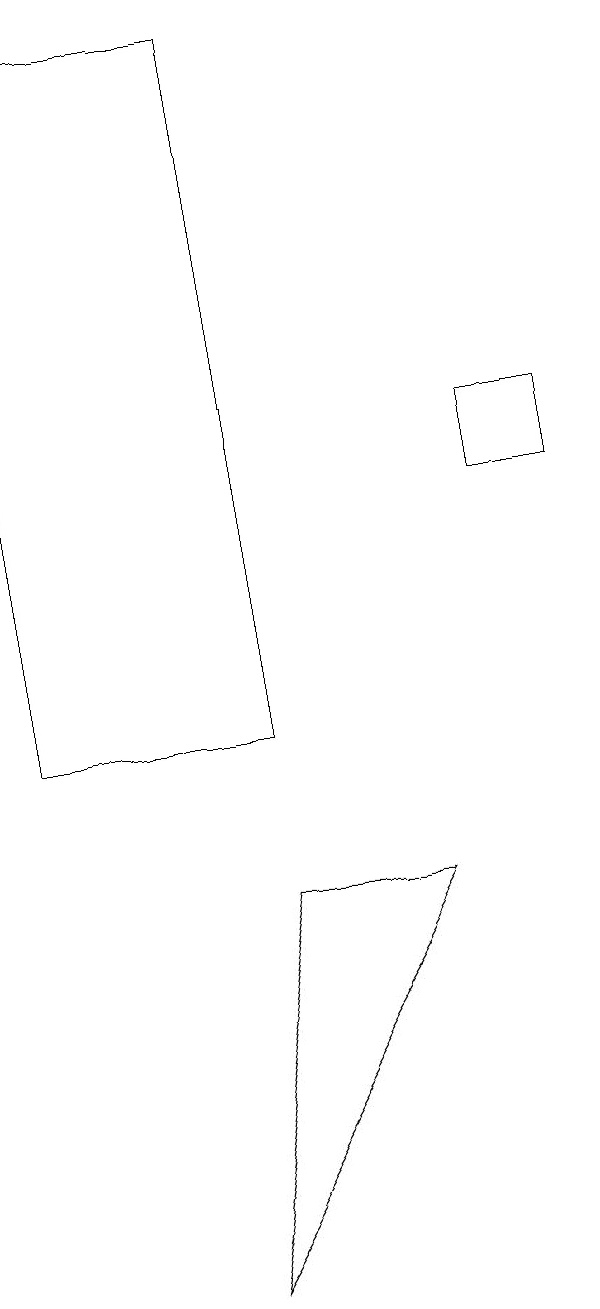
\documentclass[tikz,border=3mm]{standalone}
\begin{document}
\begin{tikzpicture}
\draw (6,8) -- (3,3) -- (4,8) -- cycle;
\draw (1,19) rectangle (4,10);
\draw (7,13) rectangle (8,14);
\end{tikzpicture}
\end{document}